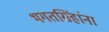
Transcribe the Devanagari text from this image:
भगतसिंहांना